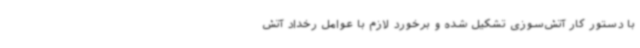
با دستور کار آتش‌سوزی تشکیل شده و برخورد لازم با عوامل رخداد آتش‌